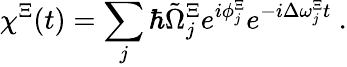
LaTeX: \chi^{\Xi}(t)=\sum_{j}\hbar\tilde{\Omega}_{j}^{\Xi}e^{i\phi_{j}^{\Xi}}e^{-i\Delta\omega_{j}^{\Xi}t}\ .